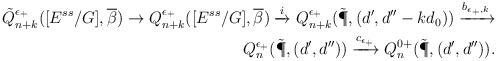
LaTeX: \begin{align*}\tilde{Q}^{\epsilon_{+}}_{n+k}([E^{ss}/G],\overline{\beta})\rightarrow {Q}^{\epsilon_{+}}_{n+k}([E^{ss}/G],\overline{\beta}) \xrightarrow{i}{Q}^{\epsilon_{+}}_{n+k}(\tilde{\P},(d',d''-kd_0))\xrightarrow{b_{\epsilon_{+},k}}\\ {Q}^{\epsilon_{+}}_{n}(\tilde{\P},(d',d''))\xrightarrow{c_{\epsilon_{+}}}{Q}^{0+}_{n}(\tilde{\P},(d',d'')).\end{align*}